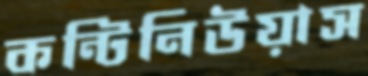
কন্টিনিউয়াস